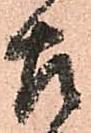
左